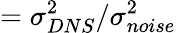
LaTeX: =\sigma_{DNS}^{2}/\sigma_{noise}^{2}